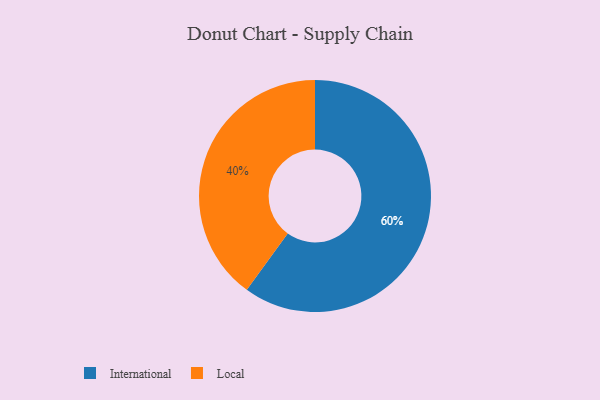
{"axis": {"x": "Category", "y": "Percentage"}, "legend": ["International", "Local"], "data": [{"x": "Local", "y": 40, "type": "Local"}, {"x": "International", "y": 60, "type": "International"}]}